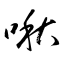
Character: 啾